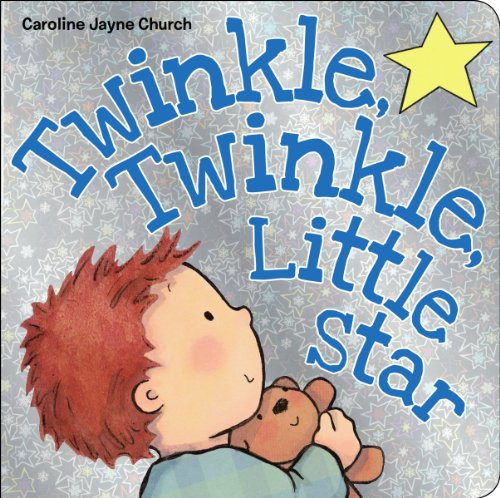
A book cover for Twinkle, Twinkle, Little Star; Caroline Jayne Church; Children's Books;